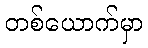
တစ်ယောက်မှာ